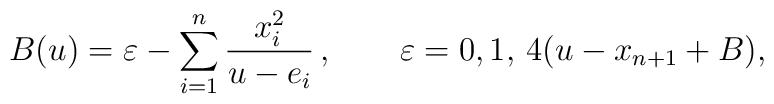
B(u)= \varepsilon -\sum_{i=1}^n{x_i^2\over u - e_i}\,,\qquad\varepsilon=0,1,\,4(u-x_{n+1}+B),